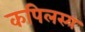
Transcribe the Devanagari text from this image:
कपिलस्य